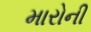
મારોની